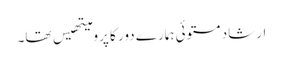
ارشاد مستوئی ہمارے دور کا پرومیتھیس تھا۔